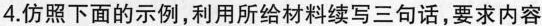
4.仿照下面的示例，利用所给材料续写三句话，要求内容